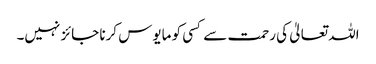
اللہ تعالیٰ کی رحمت سے کسی کو مایوس کرنا جائز نہیں۔